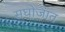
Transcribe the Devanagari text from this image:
सघोजात